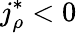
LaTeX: j_{\rho}^{\ast}<0